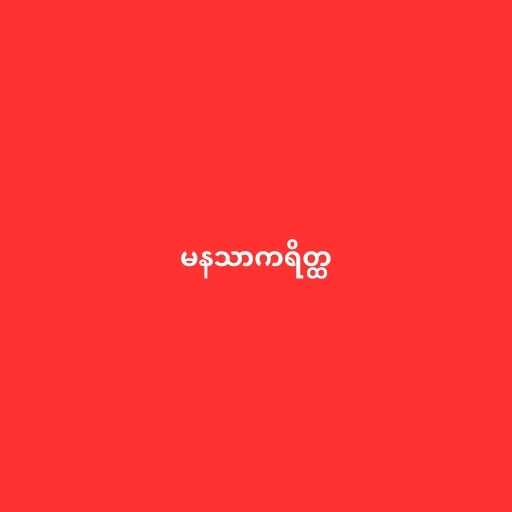
မနသာကရိတ္ထ